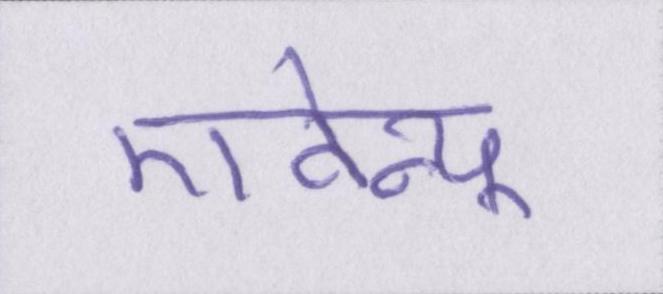
एवेन्यू